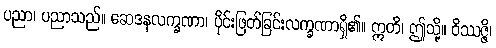
ပညာ၊ ပညာသည်။ ဆေဒနလက္ခဏာ၊ ပိုင်းဖြတ်ခြင်းလက္ခဏာရှိ၏။ ဣတိ၊ ဤသို့။ ဝိဿဇ္ဇိ၊